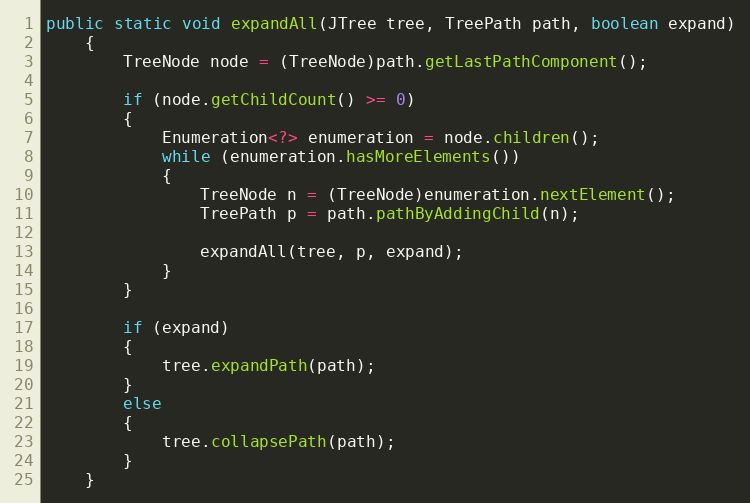
Language: Java
public static void expandAll(JTree tree, TreePath path, boolean expand)
	{
		TreeNode node = (TreeNode)path.getLastPathComponent();

		if (node.getChildCount() >= 0)
		{
			Enumeration<?> enumeration = node.children();
			while (enumeration.hasMoreElements())
			{
				TreeNode n = (TreeNode)enumeration.nextElement();
				TreePath p = path.pathByAddingChild(n);

				expandAll(tree, p, expand);
			}
		}

		if (expand)
		{
			tree.expandPath(path);
		}
		else
		{
			tree.collapsePath(path);
		}
	}